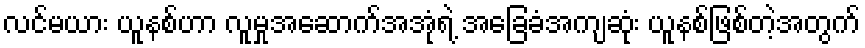
လင်မယား ယူနစ်ဟာ လူမှုအဆောက်အအုံရဲ့ အခြေခံအကျဆုံး ယူနစ်ဖြစ်တဲ့အတွက်